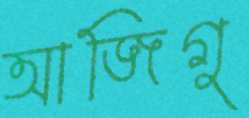
আজিগু